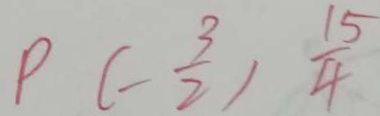
\rho ( - \frac { 3 } { 2 } ) \frac { 1 5 } { 4 }